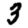
Digit: 3